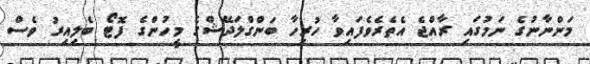
މަންނާނުގެ ނަމުގައި ރާއްޖެ އެތެރެވެފައިވާ ހުރިހާ ބަންގްލަދޭޝްގެ މީހުންގެ ފޮޓޯ ބެލިއިރު ވެސް